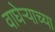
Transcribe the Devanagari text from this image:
वाघेऱ्याच्या